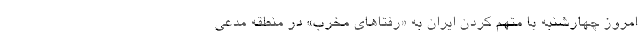
امروز چهارشنبه با متهم کردن ایران به «رفتاهای مخرب» در منطقه مدعی